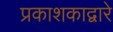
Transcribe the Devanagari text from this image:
प्रकाशकाद्वारे